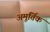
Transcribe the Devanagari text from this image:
अमूर्तिक